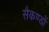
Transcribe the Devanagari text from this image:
सैकण्‍डों